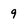
Character: 9